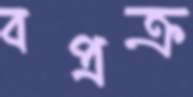
বপ্রক্র